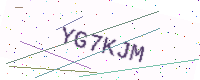
Text: YG7KJM